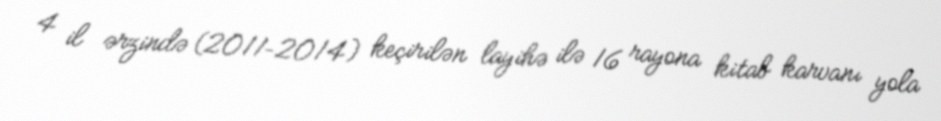
4 il ərzində (2011–2014) keçirilən layihə ilə 16 rayona kitab karvanı yola